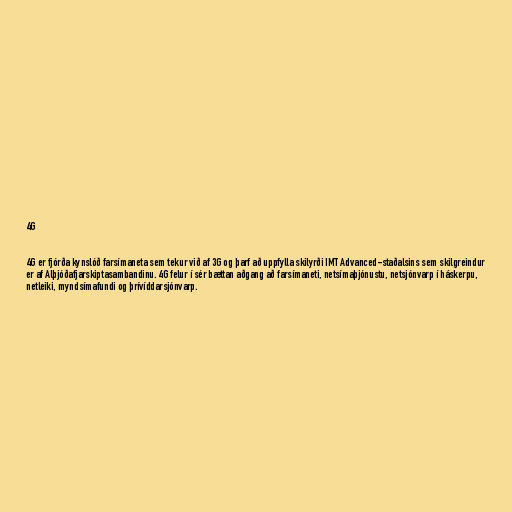
4G

4G er fjórða kynslóð farsímaneta sem tekur við af 3G og þarf að uppfylla skilyrði IMT Advanced-staðalsins sem skilgreindur
er af Alþjóðafjarskiptasambandinu. 4G felur í sér bættan aðgang að farsímaneti, netsímaþjónustu, netsjónvarp í háskerpu,
netleiki, myndsímafundi og þrívíddarsjónvarp.